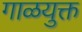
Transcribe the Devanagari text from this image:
गाळयुक्त